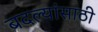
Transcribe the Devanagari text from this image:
बदल्यांसाठी